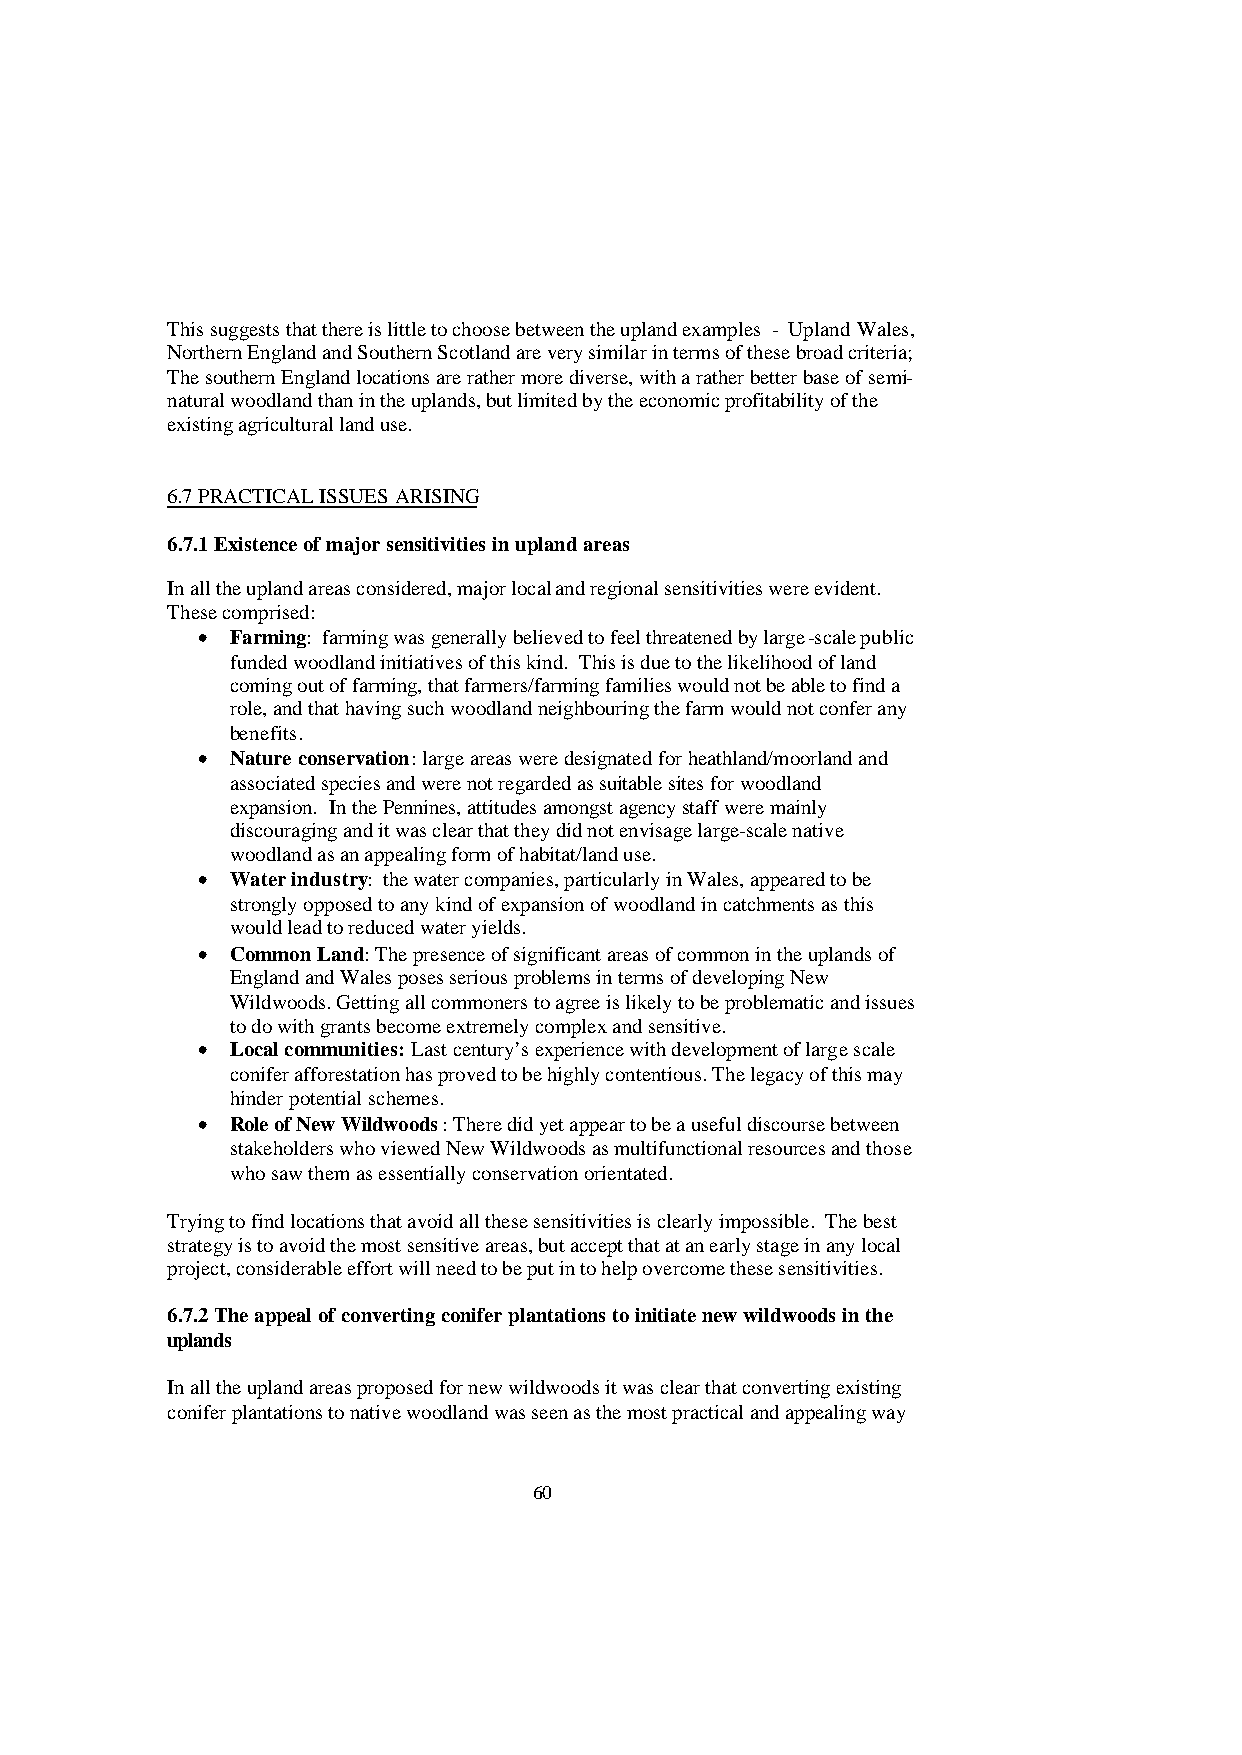
This suggests that there is little to choose between the upland examples - Upland Wales,
 Northern England and Southern Scotland are very similar in terms of these broad criteria;
 The southern England locations are rather more diverse, with a rather better base of semi-
 natural woodland than in the uplands, but limited by the economic profitability of the
 existing agricultural land use.
 6.7 PRACTICAL ISSUES ARISING
 6.7.1 Existence of major sensitivities in upland areas
 In all the upland areas considered, major local and regional sensitivities were evident.
 These comprised:
 • Farming: farming was generally believed to feel threatened by large-scale public
 funded woodland initiatives of this kind. This is due to the likelihood of land
 coming out of farming, that farmers/farming families would not be able to find a
 role, and that having such woodland neighbouring the farm would not confer any
 benefits.
 • Nature conservation: large areas were designated for heathland/moorland and
 associated species and were not regarded as suitable sites for woodland
 expansion. In the Pennines, attitudes amongst agency staff were mainly
 discouraging and it was clear that they did not envisage large-scale native
 woodland as an appealing form of habitat/land use.
 • Water industry: the water companies, particularly in Wales, appeared to be
 strongly opposed to any kind of expansion of woodland in catchments as this
 would lead to reduced water yields.
 • Common Land: The presence of significant areas of common in the uplands of
 England and Wales poses serious problems in terms of developing New
 Wildwoods. Getting all commoners to agree is likely to be problematic and issues
 to do with grants become extremely complex and sensitive.
 • Local communities: Last century’s experience with development of large scale
 conifer afforestation has proved to be highly contentious. The legacy of this may
 hinder potential schemes.
 • Role of New Wildwoods: There did yet appear to be a useful discourse between
 stakeholders who viewed New Wildwoods as multifunctional resources and those
 who saw them as essentially conservation orientated.
 Trying to find locations that avoid all these sensitivities is clearly impossible. The best
 strategy is to avoid the most sensitive areas, but accept that at an early stage in any local
 project, considerable effort will need to be put in to help overcome these sensitivities.
 6.7.2 The appeal of converting conifer plantations to initiate new wildwoods in the
 uplands
 In all the upland areas proposed for new wildwoods it was clear that converting existing
 conifer plantations to native woodland was seen as the most practical and appealing way
 60